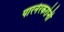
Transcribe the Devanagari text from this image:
पारनेरकरांनी